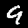
Label: 9